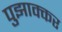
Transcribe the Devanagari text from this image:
पुझाक्कर